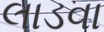
લાડવા